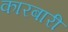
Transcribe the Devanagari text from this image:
कारबारी